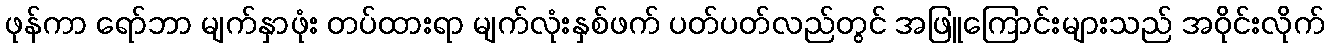
ဖုန်ကာ ရော်ဘာ မျက်နှာဖုံး တပ်ထားရာ မျက်လုံးနှစ်ဖက် ပတ်ပတ်လည်တွင် အဖြူကြောင်းများသည် အဝိုင်းလိုက်